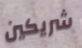
شريكين